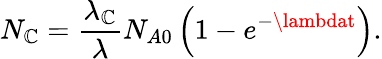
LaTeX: N_{\mathbb{C}}={\frac{{\lambda_{\mathbb{C}}}}{{\lambda}}}N_{A0}\left(1-e^{-\lambdat}\right).